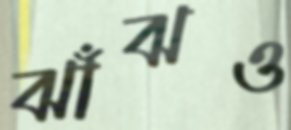
ঝাঁঝও